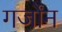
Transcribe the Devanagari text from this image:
गर्जोंन